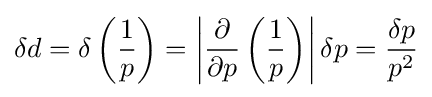
\delta d=\delta \left({1 \over p}\right)=\left|{\partial  \over \partial p}\left({1 \over p}\right)\right|\delta p={\delta p \over p^{2}}